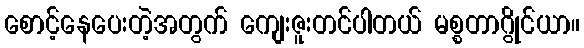
စောင့်နေပေးတဲ့အတွက် ကျေးဇူးတင်ပါတယ် မစ္စတာဂွိုင်ယာ။